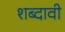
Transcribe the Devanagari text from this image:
शब्दावी